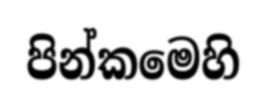
පින්කමෙහි